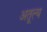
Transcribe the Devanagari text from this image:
अतूल्य